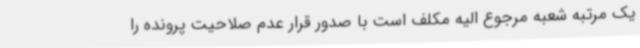
یک مرتبه شعبه مرجوع الیه مکلف است با صدور قرار عدم صلاحیت پرونده را